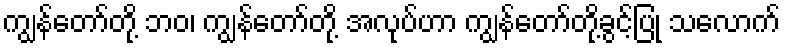
ကျွန်တော်တို့ ဘဝ၊ ကျွန်တော်တို့ အလုပ်ဟာ ကျွန်တော်တို့ခွင့်ပြု သလောက်